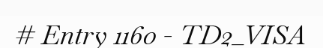
# Entry 1160 - TD2_VISA